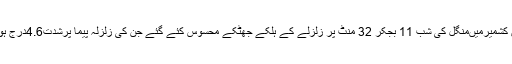
زلزلوں سے متعلق قومی مرکز نے بتایا کہ جموں کشمیرمیںمنگل کی شب 11 بجکر 32 منٹ پر زلزلے کے ہلکے جھٹکے محسوس کئے گئے جن کی زلزلہ پیما پرشدت4.6درج ہوئی اور یہ سطح زمین سے پانچ کلومیٹر نیچے آیا۔